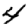
Digit: 4